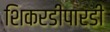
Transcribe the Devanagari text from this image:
शिकरडीपारडी